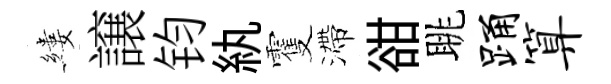
縷譲钧紈䨥滯𧮳眺踊算